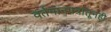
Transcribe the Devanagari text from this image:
वर्तमानपत्रांतूनही